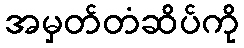
အမှတ်တံဆိပ်ကို